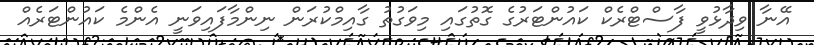
އޭނާ ވިދާޅުވީ ފާސްޓްރެކް ކައުންޓަރުގެ ގޮތުގައި މިވަގުތު ގާއިމްކުރަން ނިންމާފައިވަނީ އެންމެ ކައުންޓަރެއް